Vital statistics of India. Vol. IV, Annual returns from 1871 to 1876. British Army of India, Native Army and jails of Bengal
Year: 1871
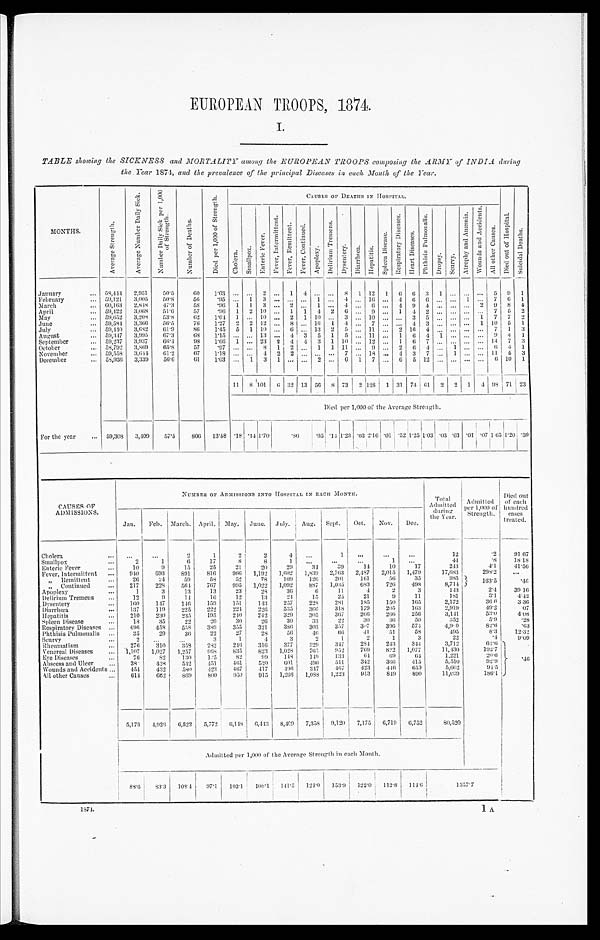
EUROPEAN TROOPS, 1874.
I.
TABLE showing the SICKNESS and MORTALITY among the EUROPEAN TROOPS composing the ARMY of INDIA during
the Year 1874, and the prevalence of the principal Diseases in each Month of the Year.
MONTHS.
A v e r a g e S t r e n g t h .
A v e r a g e N u m b e r D a i l y S i c k .
N u m b e r D a i l y S i c k p e r 1 , 0 0 0 o f S t r e n g t h .
N u m b e r o f D e a t h s .
D i e d p e r 1 , 0 0 0 o f S t r e n g t h .
C A U S E S O F D E A T H S I N H O S P I T A L .
D i e d o u t o f H o s p i t a l .
S u i c i d a l D e a t h s .
C h o l e r a . S m a l l p o x .
E n t e r i c F e v e r .
F e v e r , I n t e r m i t t e n t . F e v e r , R e m i t t e n t . F e v e r , C o n t i n u e d .
A p o p l e x y .
D e l i r i u m T r e m e n s .
D y s e n t e r y .
D i a r r h œ a . H e p a t i t i s .
S p l e e n D i s e a s e s .
R e s p i r a t o r y D i s e a s e s .
H e a r t D i s e a s e s .
P h t h i s i s P u l m o n a l i s .
D r o p s y . S c u r v y .
A t r o p h y a n d A n æ m i a .
W o u n d s a n d A c c i d e n t s .
A l l o t h e r C a u s e s .
J a n u a r y . . . 58,444 2,951
50.5
6 0
1.03
. . . . . . 2
. . . 1 4
. . . ... 8 1 12 1
6 6
3
1
. . . . . . . . . 5
9 1
February ... 59,121 3,005
50.8
56
. 9 5 . . . 1 3
. . . ... . . . 1 ... 4
. . . 1 6 . . . 4
6 6 . . .
. . . 1
. . . 7
6 1
March ... 60,163 2,848 47.3
58
. 9 6
1 1 3
. . . 2
. . . 1 ... 4
. . . 6 . . . 4 9 4
. . . . . . . . . 2 9 8 4
April ... 59,122 3,068
51.6
57
. 9 6
1 2 10
. . . 1 1 4 2 6
. . . 9 . . . 1
4 2
. . . . . .
. . . . . .
7 5 2
May ... 59,652 3,208
53.8
62
1 . 0 4 1 . . . 10
. . . 2 1 10 ... 3
. . . 10 . . . . . . 3 5
. . . . . . . . . 1 7 7 2
June ... 59,584 3,366 56.5
76 1.27 2 2 12
. . . 8
. . . 16 1 4
. . . 7 . . . . . . 4 3
. . . . . . . . . 1 10 5 1
July ... 59,440 3,682
6 1 . 9
86 1.45 5 1 10
. . . 6 . . . 13 2 5
. . . 11 . . . 2 16 4
. . . . . . .
. . . . . . 7 1 3
August ... 59,347 3,995 67.3
68
1.15
. . . . . . 13
. . . 4 3 5 1 5
. . . 11 . . . 1
6 4
1 . . . . . . . . . 9 4 1
September ... 59,237 3,937 66.4
98
1.66 1
. . . 23 2 4
4 3 1 10 . . . 12 . . . 1 6 7
. . . . . . . . . . . . 14 7 3
October ... 58,792 3,869
65.8
57
. 9 7 . . . . . . 8 1 2
. . . 1 1 11
. . . 9 . . . 2 6 4
. . . 1
. . . . . . 6 4 1
November ... 59,558 3,644 61.2
67
1.18
. . . . . . 4 2 2 . . . . . . ... 7
. . . 18 . . . 4 3 7
. . . 1
. . . . . . 11 5 3
December ... 58,936 3,339
56.6
61
1.03 . . . 1 3 1 ...
. . . 2 ... 6 1 7 . . . 6 5 12
. . . . . . . . . . . . 6 10 1
11 8 101
6 32 13 56 8 73 2 1 2 8
1 31 74 61 2 2 1 4 98 71 23
Died per 1,000 of the Average Strength.
For the year ... 59,308 3,409 57.5
806 13.58 .18 .14. 1.70
.86
. 9 5
. 14
1.23 .03
2 . 1 6
.01 . 5 2 1.25
1.03
1 . 0 3
.03 .01 .07 1.65 1.20 .39
CAUSES
O F A D M I S S I O N S .
NUMBER OF ADMISSIONS INTO HOSPITAL IN EACH MONTH.
Total
Admitted
during
the Year.
Admittd ed
per 1,000 of
Strength.
Died out
of each
hundred
cases
treated.
Jan. Feb. March. A pril.May. June. July. A u g .
Sept. Oct. Nov. Dec.
Cholera ...
. . .
. . .
2
1
2
2
4 . . .
1
. . .
. . .
. . .
12
.2
91.67
Smallpox ...
2
1
6
17
8
8
1
. . .
. . .
. . .
1
. . .
44
.8
18.18
Enteric Fever ...
10
9
15
25
21
20
29
34
3 9
14
10
17
243
4.1
41.56
Fever, Intermittent ...
940
693 891
816
9 6 6 1,192 1,602 1,839 2,763 2,487 2,015 1,479
17,683
298.2
. . .
" Remittent . . .
26
24
59
58
52
7 8
1 0 9
1 2 6
2 0 1 161
5 6
35
985 163. 5
. 4 6
" Continued ...
217
228
564 767
995 1,022 1,092
887 1,035 683
726 498
8,714
Apoplexy ...
1
3
13
13
23
28
36
6
11
4
2
3
143
2.4
39.16
Delirium Tremens ...
12
9
14
16 12
13
2 4
15
2 5
21
9
11
181
3.1
4.42
Dysentery ...
160
147
146
159
151
143
257
228
281
185
150
165
2,172
36.6
3.36
Diarrhœa ...
137
119
225
2 2 2 224 226 535
366
318
179
205
163
2,919
49.2
.07
Hepatitis ...
210
230
235
1 9 5
2 4 0 242 329
305
367
266 266 256
3,141
53.0
4.08
Spleen Disease ...
18
35
22
2 0
30
26
30
33
22
30
3 6
5 0
3 5 2
5 . 9
.28
Respiratory Diseases ...
496
458 558
389
355
321
386 303
357
307
396
574
4,9 0
82.6
.63
Phthisis Pulmonalis ...
35
29
36
22
27
28
56
4 6
6 6
41
51
58
495
8.3
12.32
Scurvy ...
2
. . .
. . .
3
1
4
3
2
1
2
1
3
22
.4
9.09
Rheumatism ...
2 7 6 310
358 282
246 316 377
329 347
284 243
344
3,712
62.6 . 4 6
Venereal Diseases ...
1,107 1,027 1,257
968 835 823 1,028
765 952
769
8 2 2
1 , 0 7 7
11.430
192.7
Eye Diseases ...
76
82
130
125
82
99
148
1 4 9 133
64
69
6 4
1,221
20.6
Abscess and Ulcer ...
38
428
542
451
461
520
6 0 1 490
511
342 366 415
5,510
92.9
Wounds and Accidents ... 454 432
580
423
467
417
496 347
467
423
446
6 5 9
5,602
94.5
All other Causes ...
614
662
869
8 0 0 950
915 1,266 1,088 1,223
913
849
890
11,039
186.1
5,176 4,926 6,522 5,772 6,148 6,443 8,409 7,358 9,120 7,175 6,719 6,752
80,520
Admitted per 1,000 of the Average Strength in each Month.
88.6
83.3 108.4
97.1 103.1 108.1
1 4 1 . 5
124.0 153.9
1 2 2 . 0
112.8 114.6
1 3 5 7 . 7
1874.
1 A.